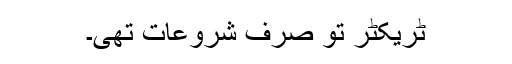
ٹریکٹر تو صرف شروعات تھی۔